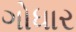
ગોધાર